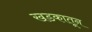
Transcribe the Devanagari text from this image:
खडकातून